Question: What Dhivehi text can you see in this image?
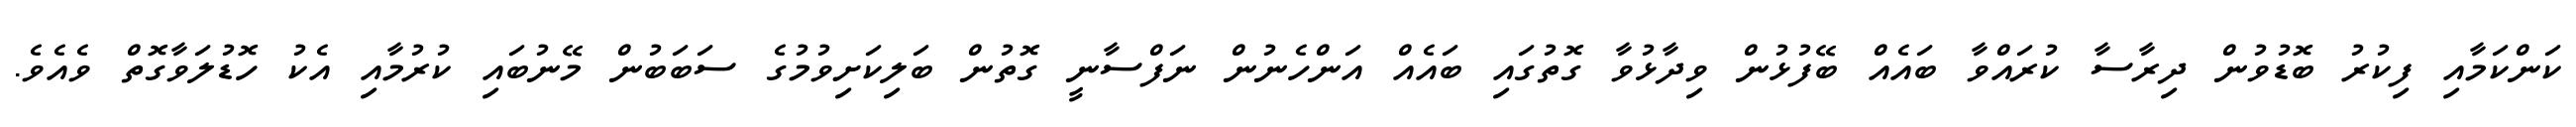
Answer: ކަންކަމާއި ފިކުރު ބޮޑުވުން ދިރާސާ ކުރައްވާ ބައެއް ބޭފުޅުން ވިދާޅުވާ ގޮތުގައި ބައެއް އަންހެނުން ނަފްސާނީ ގޮތުން ބަލިކަށިވުމުގެ ސަބަބުން މޭނުބައި ކުރުމާއި އެކު ހޮޑުލަވާގޮތް ވެއެވެ.